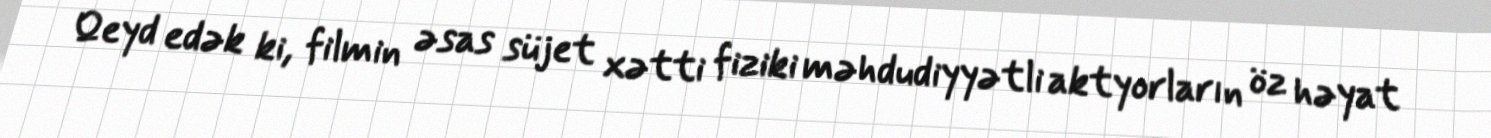
Qeyd edək ki, filmin əsas süjet xətti fiziki məhdudiyyətli aktyorların öz həyat